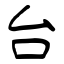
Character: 台